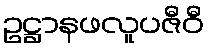
ဥဋ္ဌာနဖလူပဇီဝီ